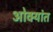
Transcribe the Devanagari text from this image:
ओवर्‍यांत